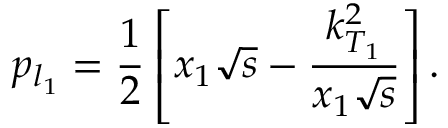
{ p } _ { l _ { 1 } } = { \frac { 1 } { 2 } } \left[ { x } _ { 1 } { \sqrt s } - { \frac { { k } _ { T _ { 1 } } ^ { 2 } } { { x } _ { 1 } { \sqrt { s } } } } \right] .